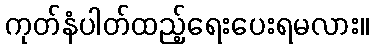
ကုတ်နံပါတ်ထည့်ရေးပေးရမလား။